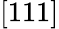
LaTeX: [111]